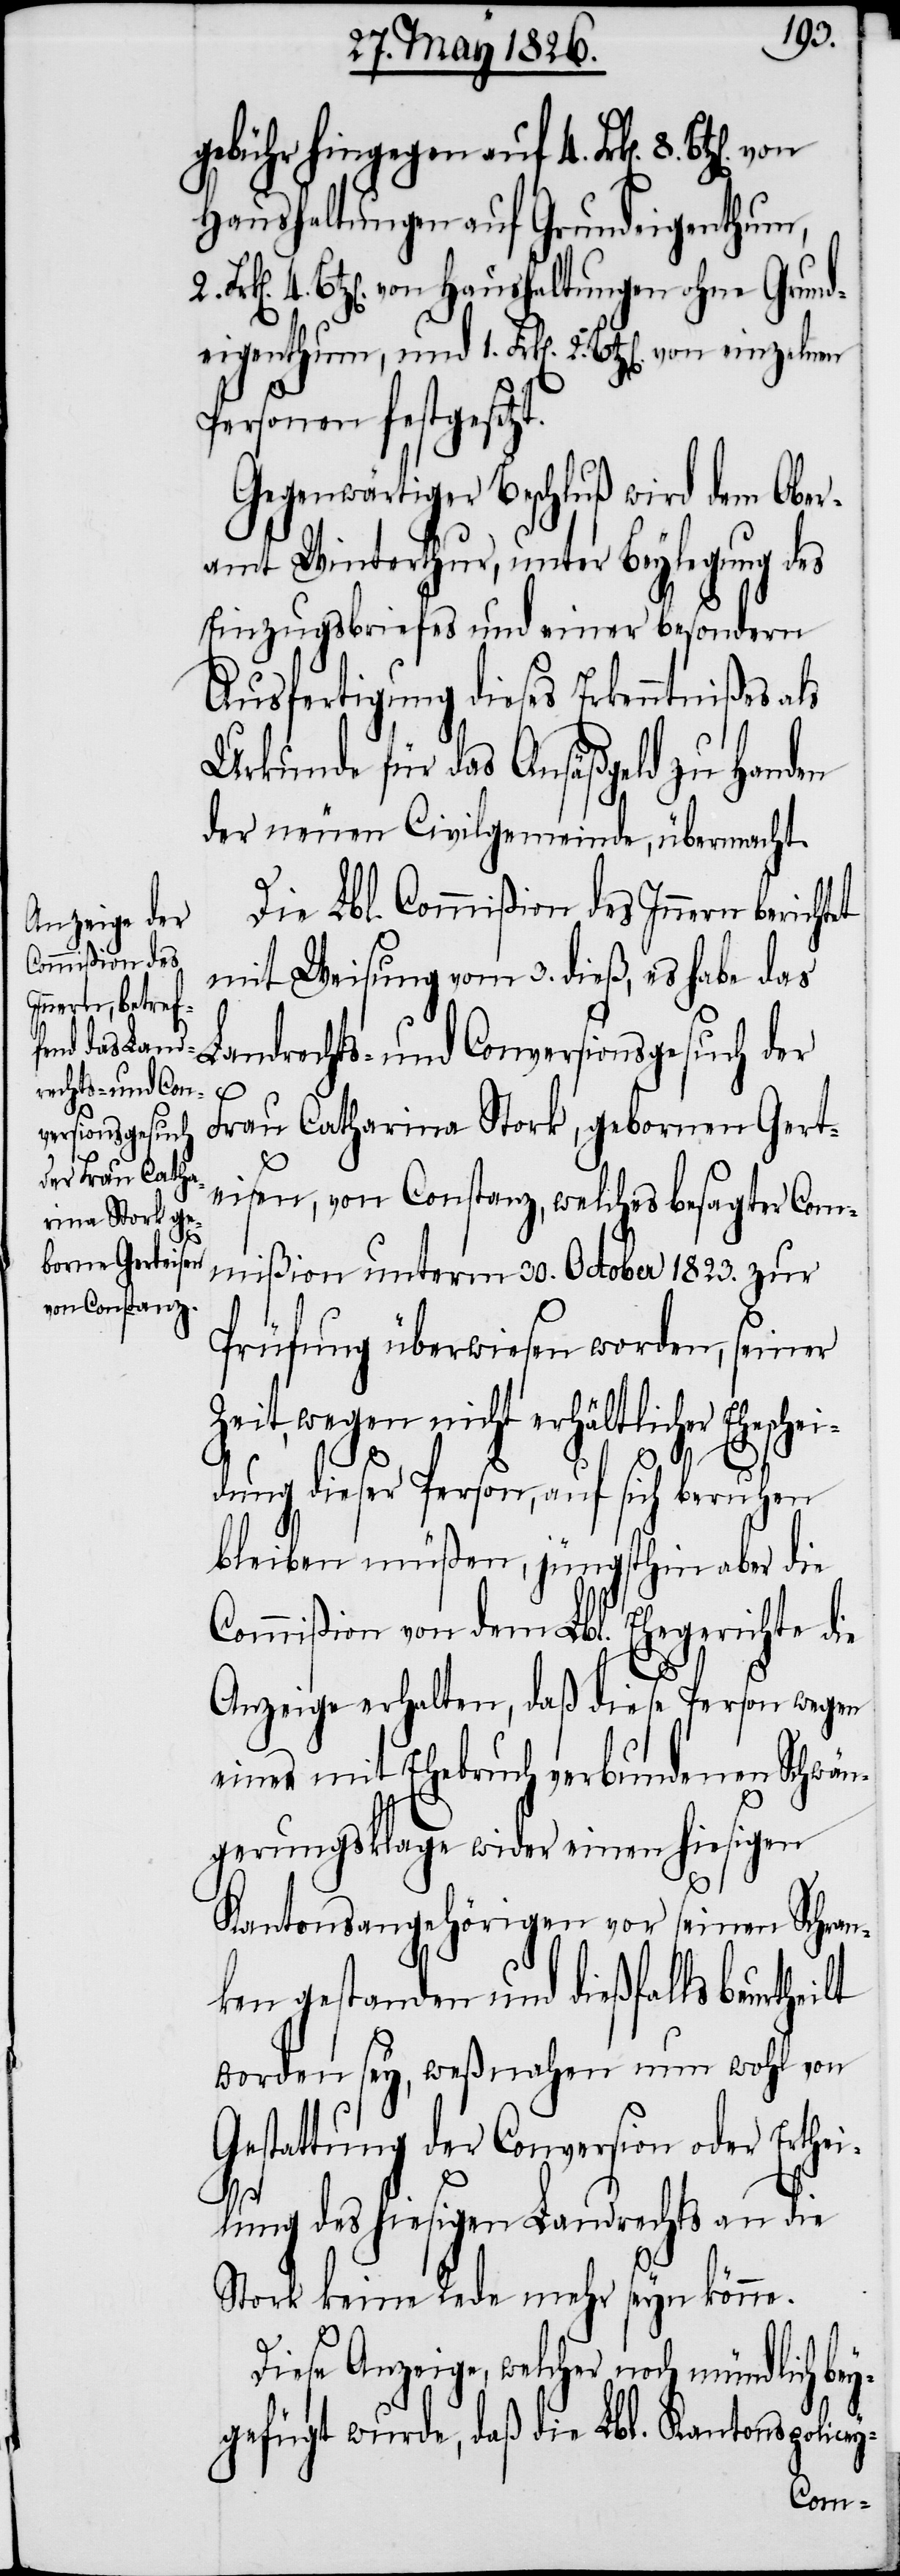
bey¬
rechts- und Con¬
versionsgesuch

gebühr hingegen auf 4. Frk[en]. 8.
Haushaltungen auf Grundeigenthum,
4. Btz[en]. von Haushaltungen ohne Grund¬
eigenthum, und 1. Frk[en]. 2. Btz[en]. von einzelnen
Personen festgesetzt.
Gegenwärtiger Beschluß wird dem Obe¬
ramt Winterthur, unter Beylegung des
Einzugsbriefes und einer besondern
Ausfertigung dieses Erkenntnißes a¬
Urkunde für das Ansäßgeld zu Handen
der neuen Civilgemeinde, übermacht.
Die Lbl. Commißion des Innern berichtet
mit Weisung vom 3. dieß, es habe das
Frau Catharina Stork, gebornen Gert¬
eisen, von Constanz, welches besagter Com¬
mißion unterm 30. October 1823. zur
Prüfung überwiesen worden, seiner
Zeit, wegen nicht erhältlicher Eheschei¬
dung dieser Person, auf sich beruhen
bleiben müßen, jüngsthin aber die
Commißion von dem Lbl. Ehegerichte die
Anzeige erhalten, daß diese Person wegen
einer mit Ehebruch verbundenen Schwän¬
gerungsklage wider einen hiesigen
Kantonsangehörigen vor seinen Schran¬
ken gestanden und dießfalls beurtheilt
worden sey, weßnahen nun wohl von
Gestattung der Conversion oder Erthei¬
lung des hiesigen Landrechts an die
Stork keine Rede mehr seyn könne.
Diese Anzeige, welcher noch mündlich
gefügt wurde, daß die Lbl. Kantonspolicey-
Land¬